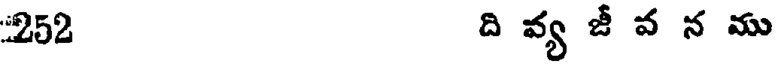
252 ది వ్య జీ వ న ము